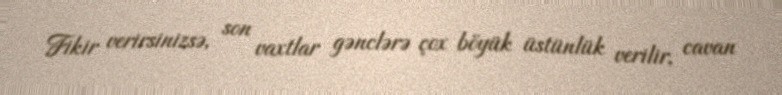
Fikir verirsinizsə, son vaxtlar gənclərə çox böyük üstünlük verilir, cavan